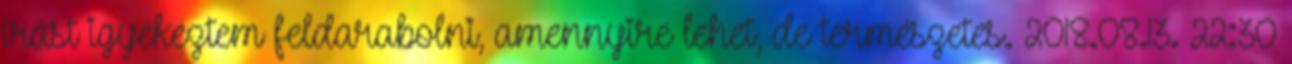
írást igyekeztem feldarabolni, amennyire lehet, de természetes. 2018.08.13. 22:30